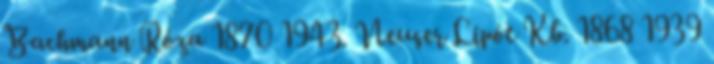
Bachmann Róza 1870 1943. Neuser Lipót Kb. 1868 1939